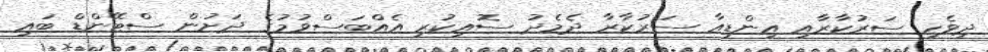
ދިވެހި ސަރުކާރާއި އިންޑިއާ ސަރުކާރާ ދެމެދު ސޮއިކުރި އެއްބަސްވުމުގެ ދަށުން ސްޓޭންޑް ބައި